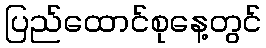
ပြည်ထောင်စုနေ့တွင်